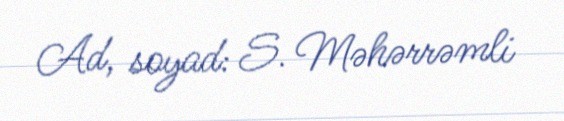
Ad, soyad: S. Məhərrəmli